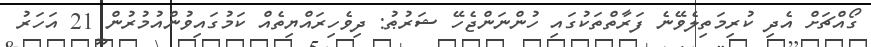
ގޯއްޗަށް އެދި ކުރިމަތިލެވޭނެ ފަރާތްތަކުގައި ހުންނަންޖެހޭ ޝަރުޠު: ދިވެހިރައްޔިތެއް ކަމުގައިވުންއުމުރުން 21 އަހަރު